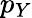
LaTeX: p_{Y}